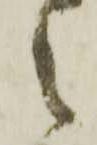
之